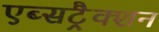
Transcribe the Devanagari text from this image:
एब्सट्रैक्शन